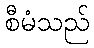
စီမံသည်